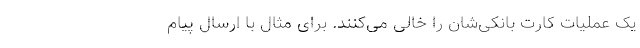
یک عملیات کارت بانکی‌شان را خالی می‌کنند. برای مثال با ارسال پیام